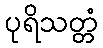
ပုရိသတ္တံ